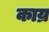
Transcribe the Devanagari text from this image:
काय्र